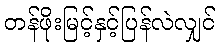
တန်ဖိုးမြင့်နှင့်ပြန်လဲလျှင်